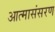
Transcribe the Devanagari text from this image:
आत्मासंसरण